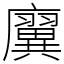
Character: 㢞